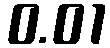
0.01